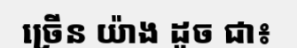
ច្រើន យ៉ាង ដូច ជា៖